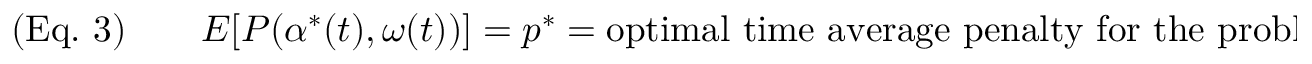
( { \mathrm { E q . ~ } } 3 ) \qquad E [ P ( \alpha ^ { * } ( t ) , \omega ( t ) ) ] = p ^ { * } = { \mathrm { o p t i m a l ~ t i m e ~ a v e r a g e ~ p e n a l t y ~ f o r ~ t h e ~ p r o b l e m } }